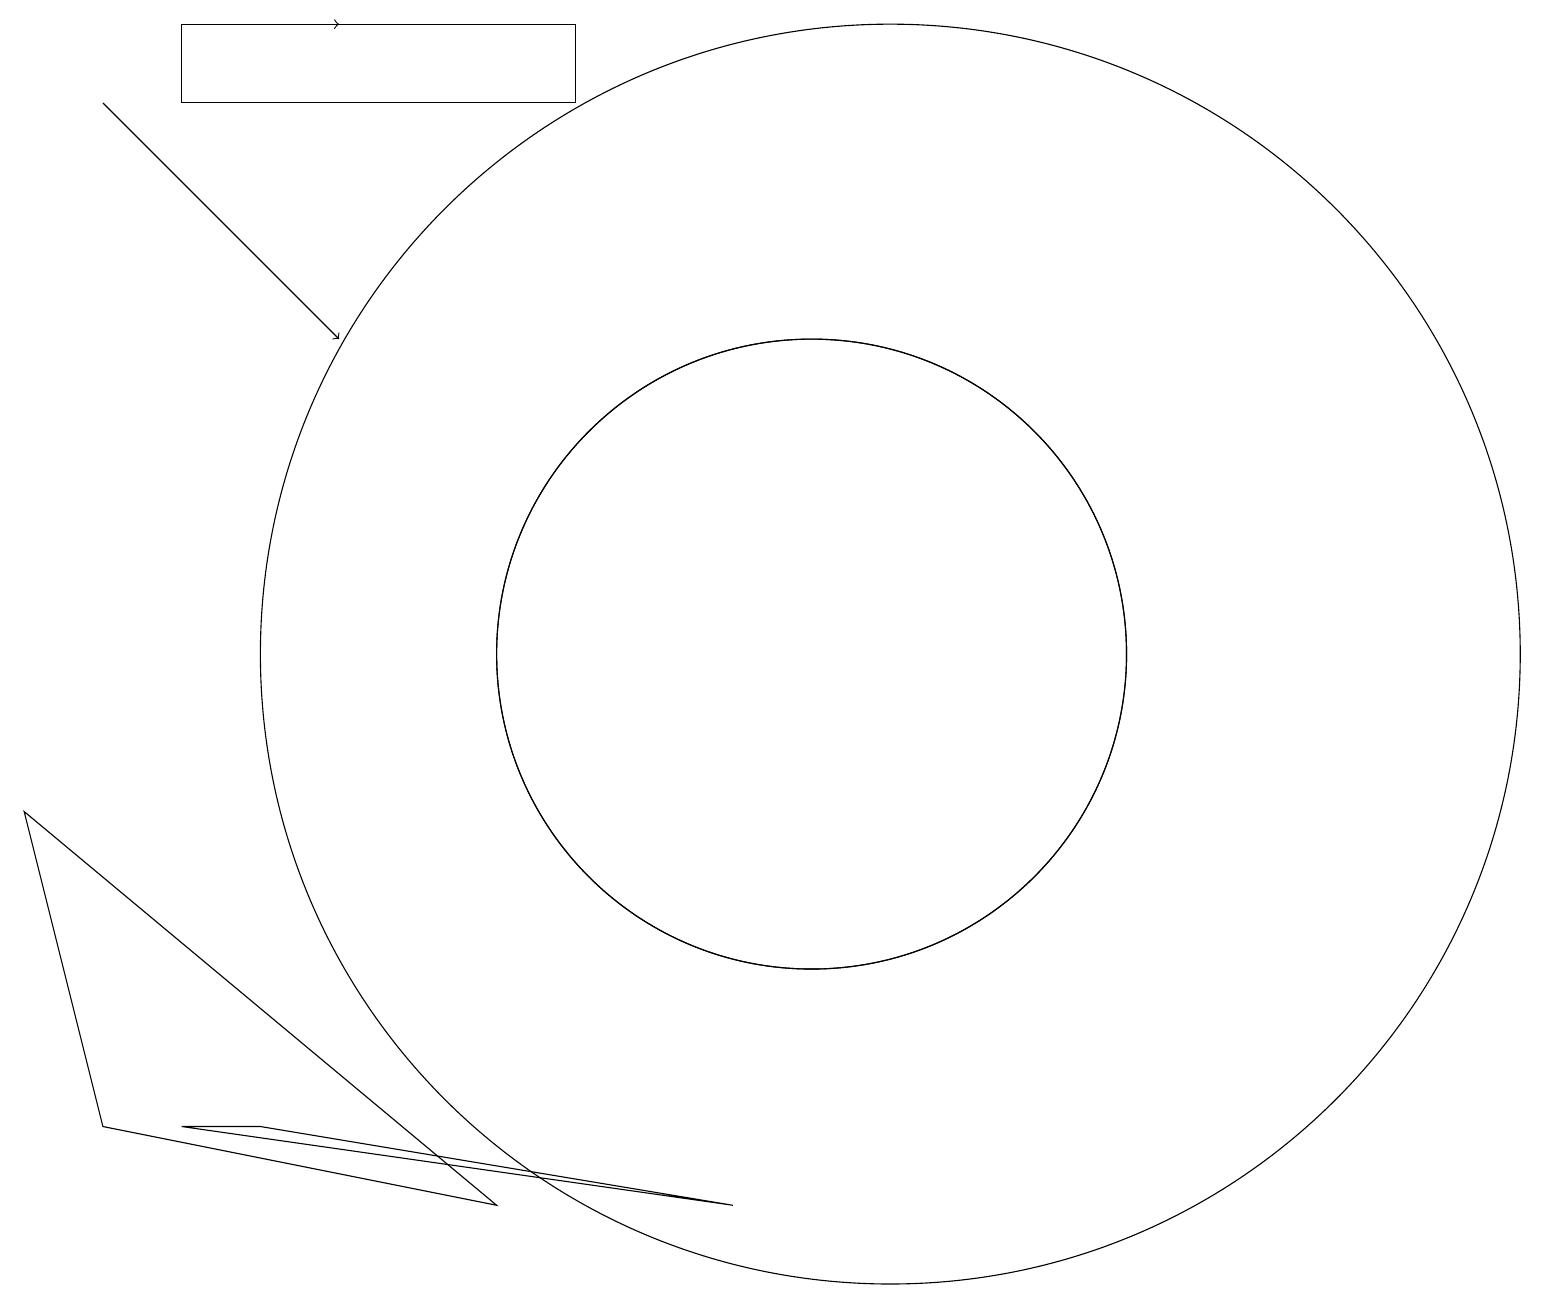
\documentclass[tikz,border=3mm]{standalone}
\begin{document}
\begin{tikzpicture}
\draw (10,11) circle (4);
\draw (3,5) -- (2,5) -- (9,4) -- cycle;
\draw[->] (1,18) -- (4,15);
\draw[->] (3,19) -- (4,19);
\draw (0,9) -- (6,4) -- (1,5) -- cycle;
\draw (11,11) circle (8);
\draw (10,11) circle (4);
\draw (2,19) rectangle (7,18);
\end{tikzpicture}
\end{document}